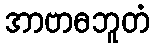
အာဗာဓဘူတံ